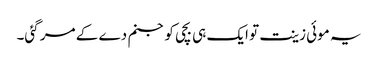
یہ موئی زینت تو ایک ہی بچی کو جنم دے کے مر گئی۔